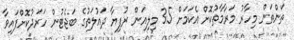
ތަންތަން މިހާރު މަރާމާތުކޮށް އެކަމަށް 35 މިލިއަން ރުފިޔާ ދައުލަތުގެ ބަޖެޓުން ހަރަދުކޮށްފައިވާ